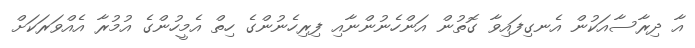
އާ ދިރާސާއަކުން އެނގިފައިވާ ގޮތުން އަންހެނުންނާއި ފިރިހެނުންގެ ހިތް އެމީހުންގެ އުމުރާ އެއްވަރަކަށް